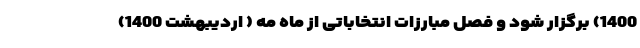
1400) برگزار شود و فصل مبارزات انتخاباتی از ماه مه ( اردیبهشت 1400)